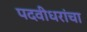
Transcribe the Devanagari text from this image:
पदवीधरांचा